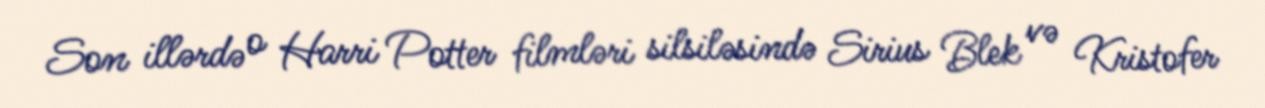
Son illərdə o Harri Potter filmləri silsiləsində Sirius Blek və Kristofer